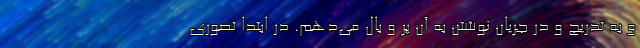
و به تدریج و در جریان نوشتن به آن پر و بال می‌دهم. در ابتدا تصوری